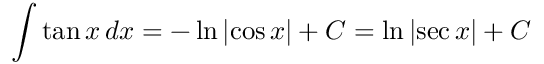
\int \tan { x } \, d x = - \ln { \left| \cos { x } \right| } + C = \ln { \left| \sec { x } \right| } + C